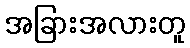
အခြားအလားတူ